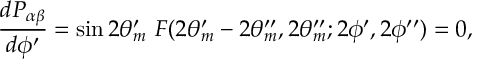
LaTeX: { \frac { d P _ { \alpha \beta } } { d \phi ^ { \prime } } } = \sin 2 \theta _ { m } ^ { \prime } ~ F ( 2 \theta _ { m } ^ { \prime } - 2 \theta _ { m } ^ { \prime \prime } , 2 \theta _ { m } ^ { \prime \prime } ; 2 \phi ^ { \prime } , 2 \phi ^ { \prime \prime } ) = 0 ,